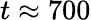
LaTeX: t\approx 700